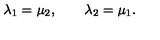
\lambda _ { 1 } = \mu _ { 2 } , \qquad \lambda _ { 2 } = \mu _ { 1 } .